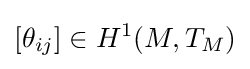
[\theta _{ij}]\in H^{1}(M,T_{M})